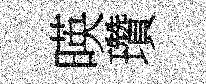
暎瓚